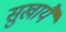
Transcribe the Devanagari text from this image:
सुखायै